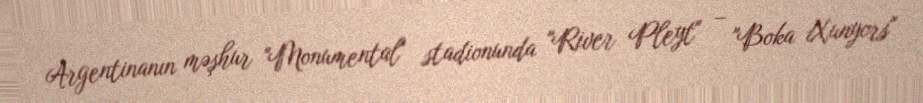
Argentinanın məşhur "Monumental" stadionunda "River Pleyt" – "Boka Xunyors"